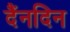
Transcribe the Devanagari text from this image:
दैंनदिन